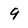
Character: 9